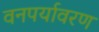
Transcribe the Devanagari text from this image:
वनपर्यावरण